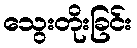
သွေးတိုးခြင်း